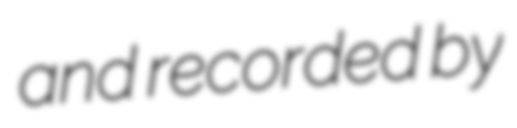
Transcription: and recorded by